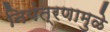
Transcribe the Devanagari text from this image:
नियंत्रणामुळे